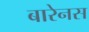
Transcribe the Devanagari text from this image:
बारेनस